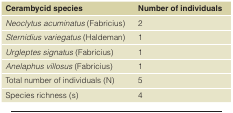
<table><thead><tr><td><b>Cerambycid species</b></td><td><b>Number of individuals</b></td></tr></thead><tbody><tr><td><i>Neoclytus acuminatus</i> (Fabricius)</td><td>2</td></tr><tr><td><i>Sternidius variegatus</i> (Haldeman)</td><td>1</td></tr><tr><td><i>Urgleptes signatus</i> (Fabricius)</td><td>1</td></tr><tr><td><i>Anelaphus villosus</i> (Fabricius)</td><td>1</td></tr><tr><td>Total number of individuals (N)</td><td>5</td></tr><tr><td>Species richness (s)</td><td>4</td></tr></tbody></table>